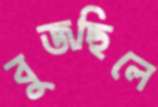
বুজছিলে